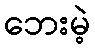
ဘေးမဲ့